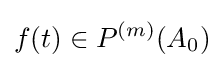
f(t)\in P^{(m)}(A_{0})